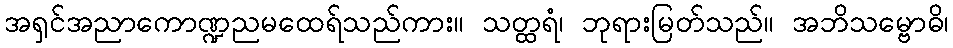
အရှင်အညာကောဏ္ဍညမထေရ်သည်ကား။ သတ္ထရံ၊ ဘုရားမြတ်သည်။ အဘိသမ္ဗောဓိ၊